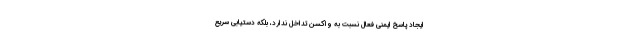
ایجاد پاسخ ایمنی فعال نسبت به واکسن تداخل ندارد، بلکه دستیابی سریع